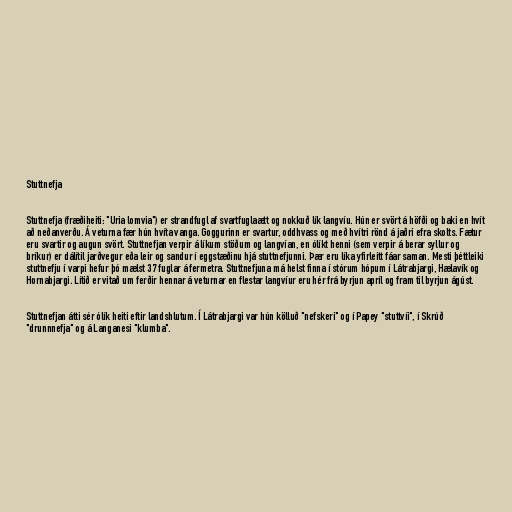
Stuttnefja

Stuttnefja (fræðiheiti: "Uria lomvia") er strandfugl af svartfuglaætt og nokkuð lík langvíu. Hún er svört á höfði og baki en hvít
að neðanverðu. Á veturna fær hún hvíta vanga. Goggurinn er svartur, oddhvass og með hvítri rönd á jaðri efra skolts. Fætur
eru svartir og augun svört. Stuttnefjan verpir á líkum stöðum og langvían, en ólíkt henni (sem verpir á berar syllur og
bríkur) er dálítil jarðvegur eða leir og sandur í eggstæðinu hjá stuttnefjunni. Þær eru líka yfirleitt fáar saman. Mesti þéttleiki
stuttnefju í varpi hefur þó mælst 37 fuglar á fermetra. Stuttnefjuna má helst finna í stórum hópum í Látrabjargi, Hælavík og
Hornabjargi. Lítið er vitað um ferðir hennar á veturnar en flestar langvíur eru hér frá byrjun apríl og fram til byrjun ágúst.

Stuttnefjan átti sér ólík heiti eftir landshlutum. Í Látrabjargi var hún kölluð "nefskeri" og í Papey "stuttvíi", í Skrúð
"drunnnefja" og á Langanesi "klumba".